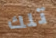
تلك